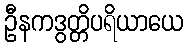
ဦနကဒွတ္တိပရိယာယေ